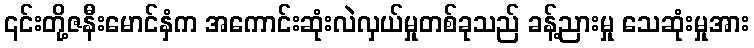
၎င်းတို့ဇနီးမောင်နှံက အကောင်းဆုံးလဲလှယ်မှုတစ်ခုသည် ခန့်ညားမှု သေဆုံးမှုအား